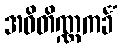
အဝိတိဏ္ဏကင်္ခံ